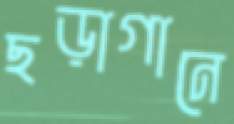
ছড়াগানে